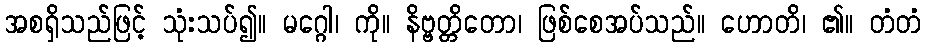
အစရှိသည်ဖြင့် သုံးသပ်၍။ မဂ္ဂေါ၊ ကို။ နိဗ္ဗတ္တိတော၊ ဖြစ်စေအပ်သည်။ ဟောတိ၊ ၏။ တံတံ